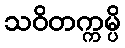
သဝိတက္ကမ္ပိ